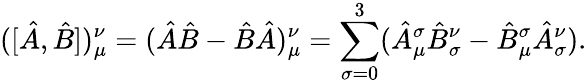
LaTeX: ([\hat{A},\hat{B}])_{\mu}^{\nu}=(\hat{A}\hat{B}-\hat{B}\hat{A})_{\mu}^{\nu}=\sum_{\sigma=0}^{3}(\hat{A}_{\mu}^{\sigma}\hat{B}_{\sigma}^{\nu}-\hat{B}_{\mu}^{\sigma}\hat{A}_{\sigma}^{\nu}).